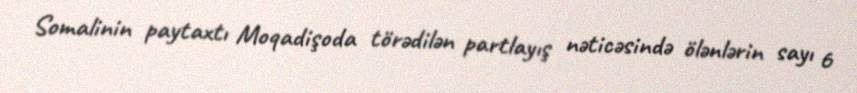
Somalinin paytaxtı Moqadişoda törədilən partlayış nəticəsində ölənlərin sayı 6